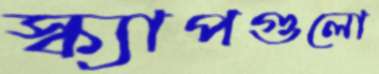
স্ক্যাপগুলো